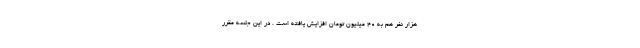
هزار نفر هم به ۴۰ میلیون تومان افزایش یافته است . در این جلسه مقرر